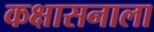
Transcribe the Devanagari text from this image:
कक्षासनाला